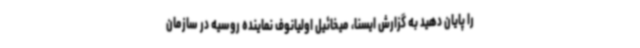
را پایان دهید به گزارش ایسنا، میخائیل اولیانوف نماینده روسیه در سازمان